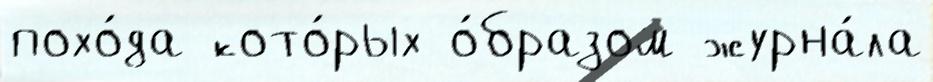
похо́да кото́рых о́бразом журна́ла